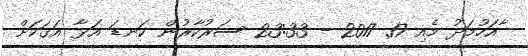
ާއަހުމަދު މެއި 17